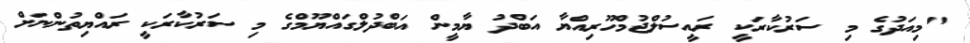
"މިއަދުގެ މި ސަރުކާރަކީ ރައީސުލްޖުމްހޫރިއްޔާ އަބްދު ޔާމީން އަބްދުލްގައްޔޫމްގެ މި ސަރުކާރަކީ ރައްޔިތުންނަށް